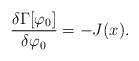
LaTeX: \begin{align*}\frac{\delta\Gamma[\varphi_{0}]}{\delta\varphi_{0}}=-J(x).\end{align*}